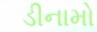
ડીનામો